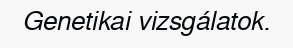
Genetikai vizsgálatok.